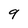
Character: 9